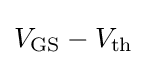
V_{\text{GS}}-V_{\text{th}}